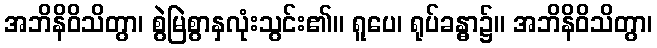
အဘိနိဝိသိတွာ၊ စွဲမြဲစွာနှလုံးသွင်း၏။ ရူပေ၊ ရုပ်ခန္ဓာ၌။ အဘိနိဝိသိတွာ၊